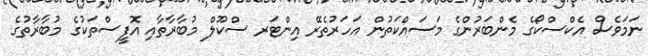
ނަމަވެސް އެކްސްކޯގެ މެންބަރުންގެ މަސައްކަތުން އަހަރުތެރޭ އިންޓަރ ސްކޫލް މުބާރާތާއި އޮފީސްތަކުގެ މުބާރާތުގެ